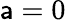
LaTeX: \mathsf{a}=0